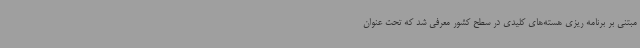
مبتنی بر برنامه ریزی هسته‌های کلیدی در سطح کشور معرفی شد که تحت عنوان